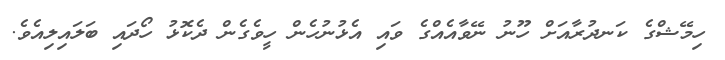
ހިމޭޝްގެ ކަނދުރާއަށް ހޫނު ނޭވާއެއްގެ ވައި އެޅުނުހެން ހީވެގެން ދެކޮޅު ހޯދައި ބަލައިލިއެވެ.